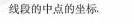
线段的中点的坐标。